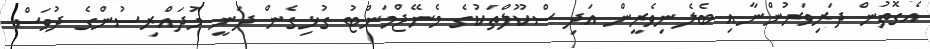
އެގޮތުން ދަރިވަރުންނާއި ބެލެނިވެރީން އަދި ސްކޫލްތަކުގެ މެނޭޖްމަންޓު ގުޅިގެން ދަނީ މުދައްރިސުންގެ ދުވަސް